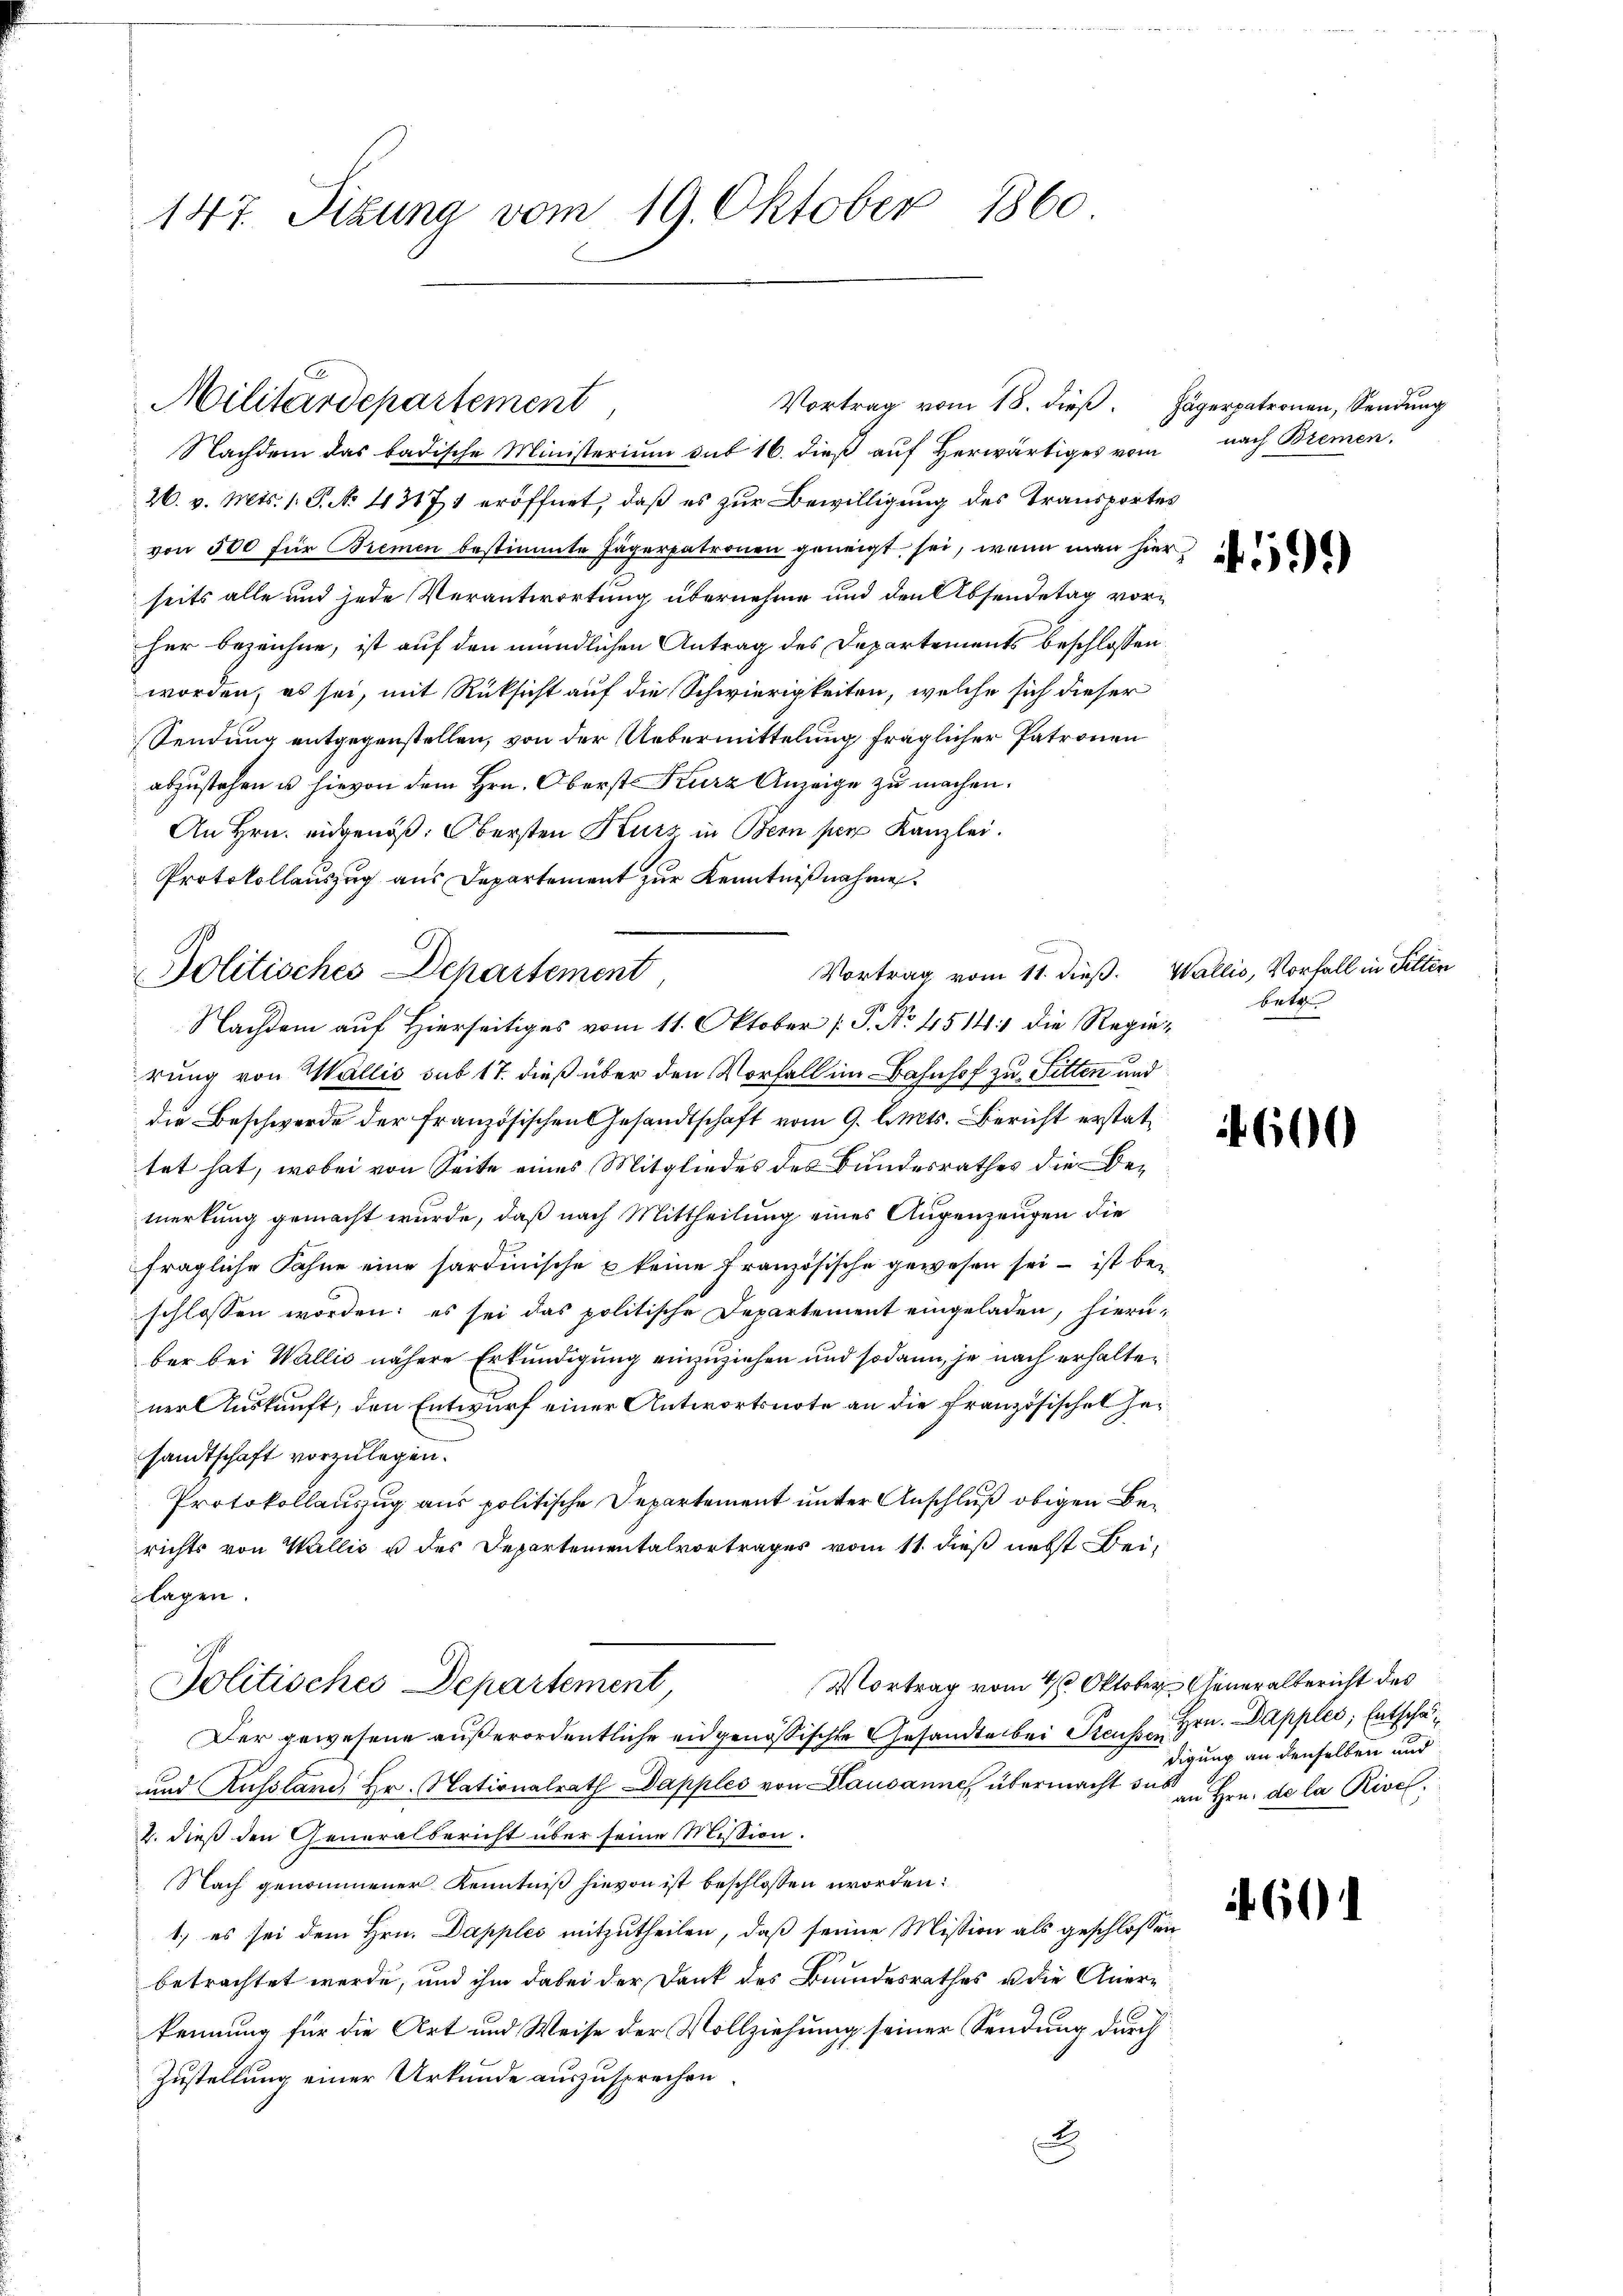
147. Situng vom 19. Oktober 1860

Militärdepartement

Nachdem das badische Ministerium sub 16. dieß auf Herwärtiges vom
26. v. Mts. 1. P. No 13171 eröffnet, daß es zur Bewilligung des Transportes
von 500 für Bremen bestimmte Jägerpatronen geneigt sei, wenn man hier
seits alle und jede Verantwortung übernehme und den Absendetag vorher bezeichne, ist auf den mündlichen Antrag des Departements beschlossen:
worden, es sei, mit Rücksicht auf die Schwierigkeiten, welche sich dieser
Sendung entgegenstellen, von der Uebermittelung fraglicher Patronen
abzustehen u hievon dem Hrn. Oberst Kurz Anzeige zu machen.
An Hrn. eidgenöß. Obersten Kurs in Bern per Kanzlei.
Protokollauszug aus Departement zur Kenntnißnahme
rung von Wallis sub 17. dieß über den Vorfall im Bahnhof zu Sitten und
die Beschwerde der französischen Gesandtschaft vom 9. d. Mts. Bericht erstattet hat, wobei von Seite eines Mitgliedes des Bundesrathes die Bemerkung gemacht wurde, daß nach Mittheilung eines Augenzeugen die
fragliche Fahne eine sardinische & keine Französische gewesen sei – ist bei
schlossen worden; es sei das politische Departement eingeladen, hierüber bei Wallis nähere Erkundigung einzuziehen und sodann, je nach erhaltener Auskunft, den Entwurf einer Antwortsnote an die Französisches Hersandtschaft vorzulegen.
Protokollauszug aus politische Departement unter Anschluß obigen Berichts von Wallis u des Departementalvortrages vom 11. dieß nebst Beilagen.
18
Vortrag vom 4. Oktober Generalbericht des
Jolitisches Departement
Der gewesene außerordentliche eidgenössische Gesandte bei Preusse Hrn. Dappler, Entschaf¬
und Russland, Hr. Nationalrath Dapples von Lausanne übermacht das an Hrn. de la Rivol
2. dieß den Generalbericht über seine Mission.
Nach genommener Kenntniß hievon ist beschlossen worden:
1., es sei dem Hrn. Dapples mitzutheilen, daß seine Mission als geschlossen
betrachtet werde, und ihm dabei der Dank des Bundesrathes u die Aner-
kennung für die Art und Weise der Vollziehung seiner Sendung durch
Zustellung einer Urkunde auszusprechen.
2

Vortrag vom 18. dieß.

Vortrag vom 11. dieß. Wallis, Vorfall in Selten
Politisches Departement
Nachdem auf Hierseitiges vom 11. Oktober P. No 4514: die Regie¬

Jägerpatronen, Sendung
nach Bremen.

4

bete

digung an denselben und

n

59)

4600

60